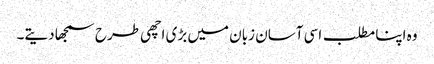
وہ اپنا مطلب اسی آسان زبان میں بڑی اچھی طرح سمجھا دیتے۔